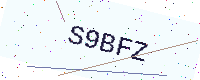
Text: S9BFZ